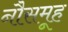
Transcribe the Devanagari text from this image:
नौसमूह